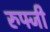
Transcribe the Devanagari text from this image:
रुफ्जी